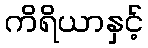
ကိရိယာနှင့်